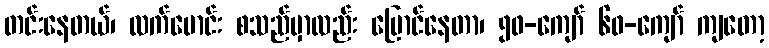
တင်းနေတယ်၊ လက်မောင်း စသည်မှာလည်း ပြောင်နေတာ၊ ၅၀-ကျော် ၆၀-ကျော် ကျတော့